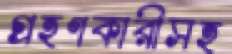
গ্রহণকারীসহ